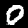
Digit: 0